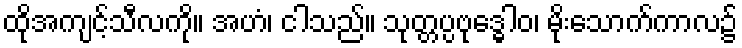
ထိုအကျင့်သီလကို။ အဟံ၊ ငါသည်။ သုတ္တပ္ပဗုဒ္ဓေါဝ၊ မိုးသောက်ကာလ၌